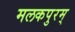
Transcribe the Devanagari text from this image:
मलकपुरम्‌